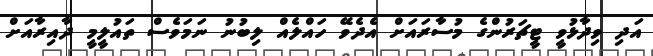
އަދި ވިދާޅުވީ ޓީޗަރުންގެ މުސާރައަށް އެދެވޭ ހައްލެއް ލިބުނު ނަމަވެސް ތައުލީމީ ދާއިރާއަށް